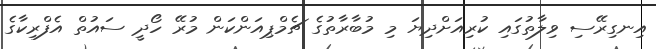
އިނގިރޭސި ވިލާތުގައި ކުރިއަށްދިޔަ މި މުބާރާތުގެ ޗެމްޕިއަންކަން މުރޭ ހޯދީ ސައުތް އެފްރިކާގެ